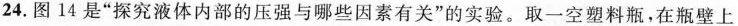
24.图14是”探究液体内部的压强与哪些因素有关”的实验。取一空塑料瓶，在瓶壁上